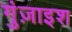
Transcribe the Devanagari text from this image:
गुंज़ाइश